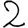
Digit: 2